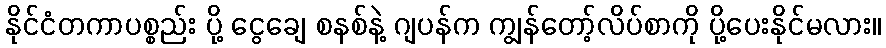
နိုင်ငံတကာပစ္စည်း ပို့ ငွေချေ စနစ်နဲ့ ဂျပန်က ကျွန်တော့်လိပ်စာကို ပို့ပေးနိုင်မလား။